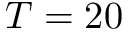
T = 2 0